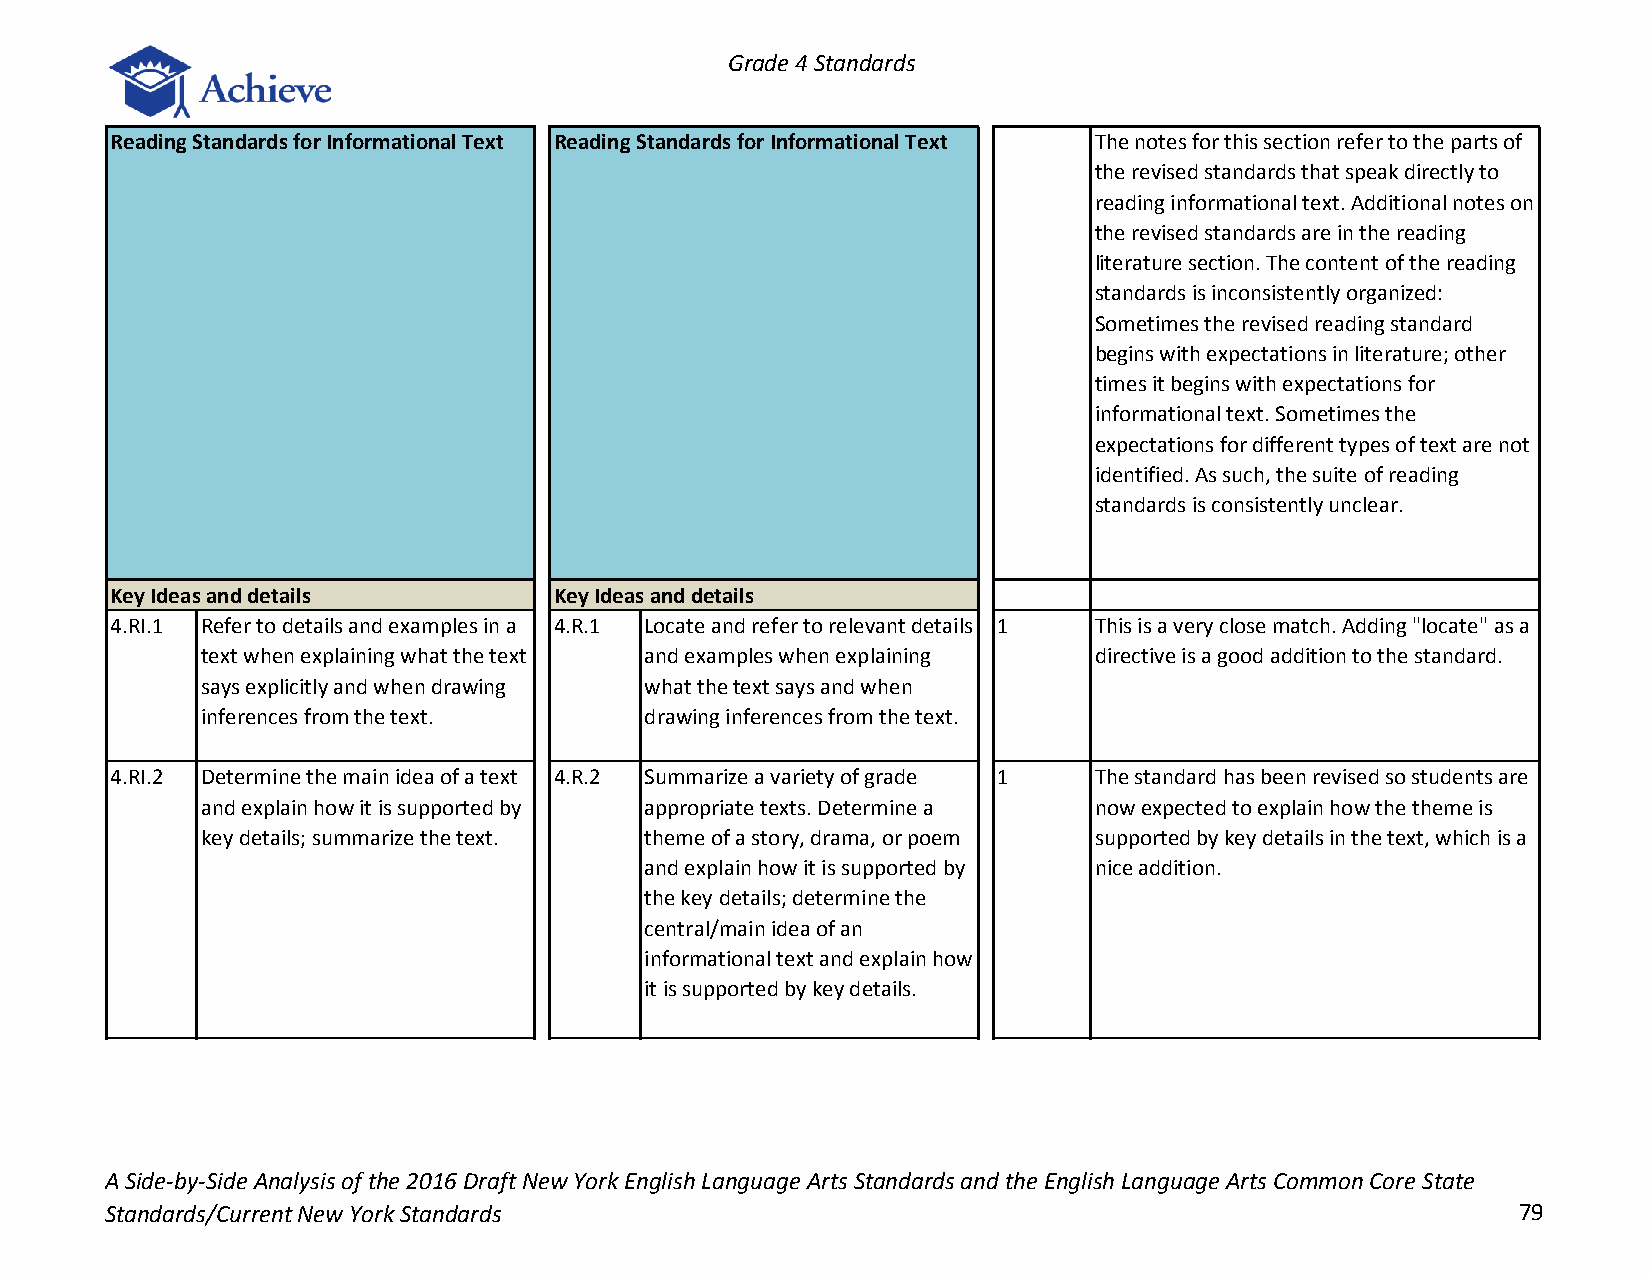
Grade 4 Standards
 Reading Standards for Informational Text Reading Standards for Informational Text The notes for this section refer to the parts of
 the revised standards that speak directly to
 reading informational text. Additional notes on
 the revised standards are in the reading
 literature section. The content of the reading
 standards is inconsistently organized:
 Sometimes the revised reading standard
 begins with expectations in literature; other
 times it begins with expectations for
 informational text. Sometimes the
 expectations for different types of text are not
 identified. As such, the suite of reading
 standards is consistently unclear.
 Key Ideas and details         Key Ideas and details
 4.RI.1 Refer to details and examples in a 4.R.1 Locate and refer to relevant details 1 This is a very close match. Adding "locate" as a
 text when explaining what the text and examples when explaining directive is a good addition to the standard.
 says explicitly and when drawing what the text says and when
 inferences from the text.     drawing inferences from the text.
 4.RI.2 Determine the main idea of a text 4.R.2 Summarize a variety of grade 1 The standard has been revised so students are
 and explain how it is supported by appropriate texts. Determine a now expected to explain how the theme is
 key details; summarize the text. theme of a story, drama, or poem supported by key details in the text, which is a
 and explain how it is supported by nice addition.
 the key details; determine the
 central/main idea of an
 informational text and explain how
 it is supported by key details.
 A Side-by-Side Analysis of the 2016 Draft New York English Language Arts Standards and the English Language Arts Common Core State
 Standards/Current New York Standards                                                         79